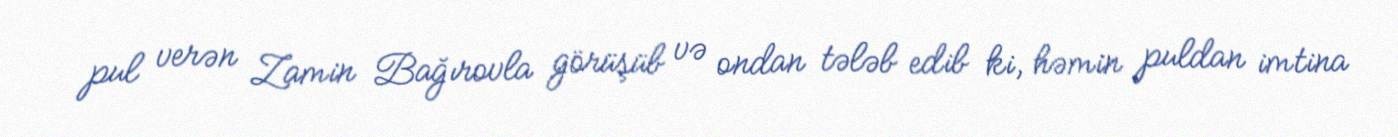
pul verən Zamin Bağırovla görüşüb və ondan tələb edib ki, həmin puldan imtina